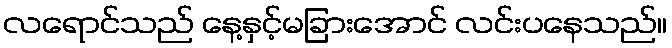
လရောင်သည် နေ့နှင့်မခြားအောင် လင်းပနေသည်။